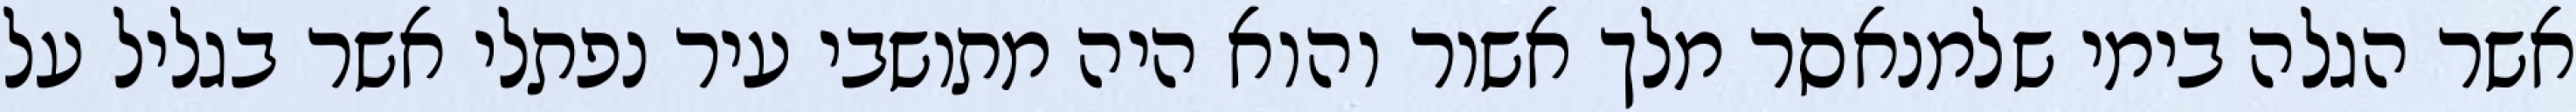
אשר הגלה בימי שלמנאסר מלך אשור והוא היה מתושבי עיר נפתלי אשר בגליל על